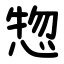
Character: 惣